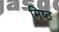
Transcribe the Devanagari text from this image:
मिष्ठ